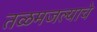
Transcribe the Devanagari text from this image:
तळमजल्याचे